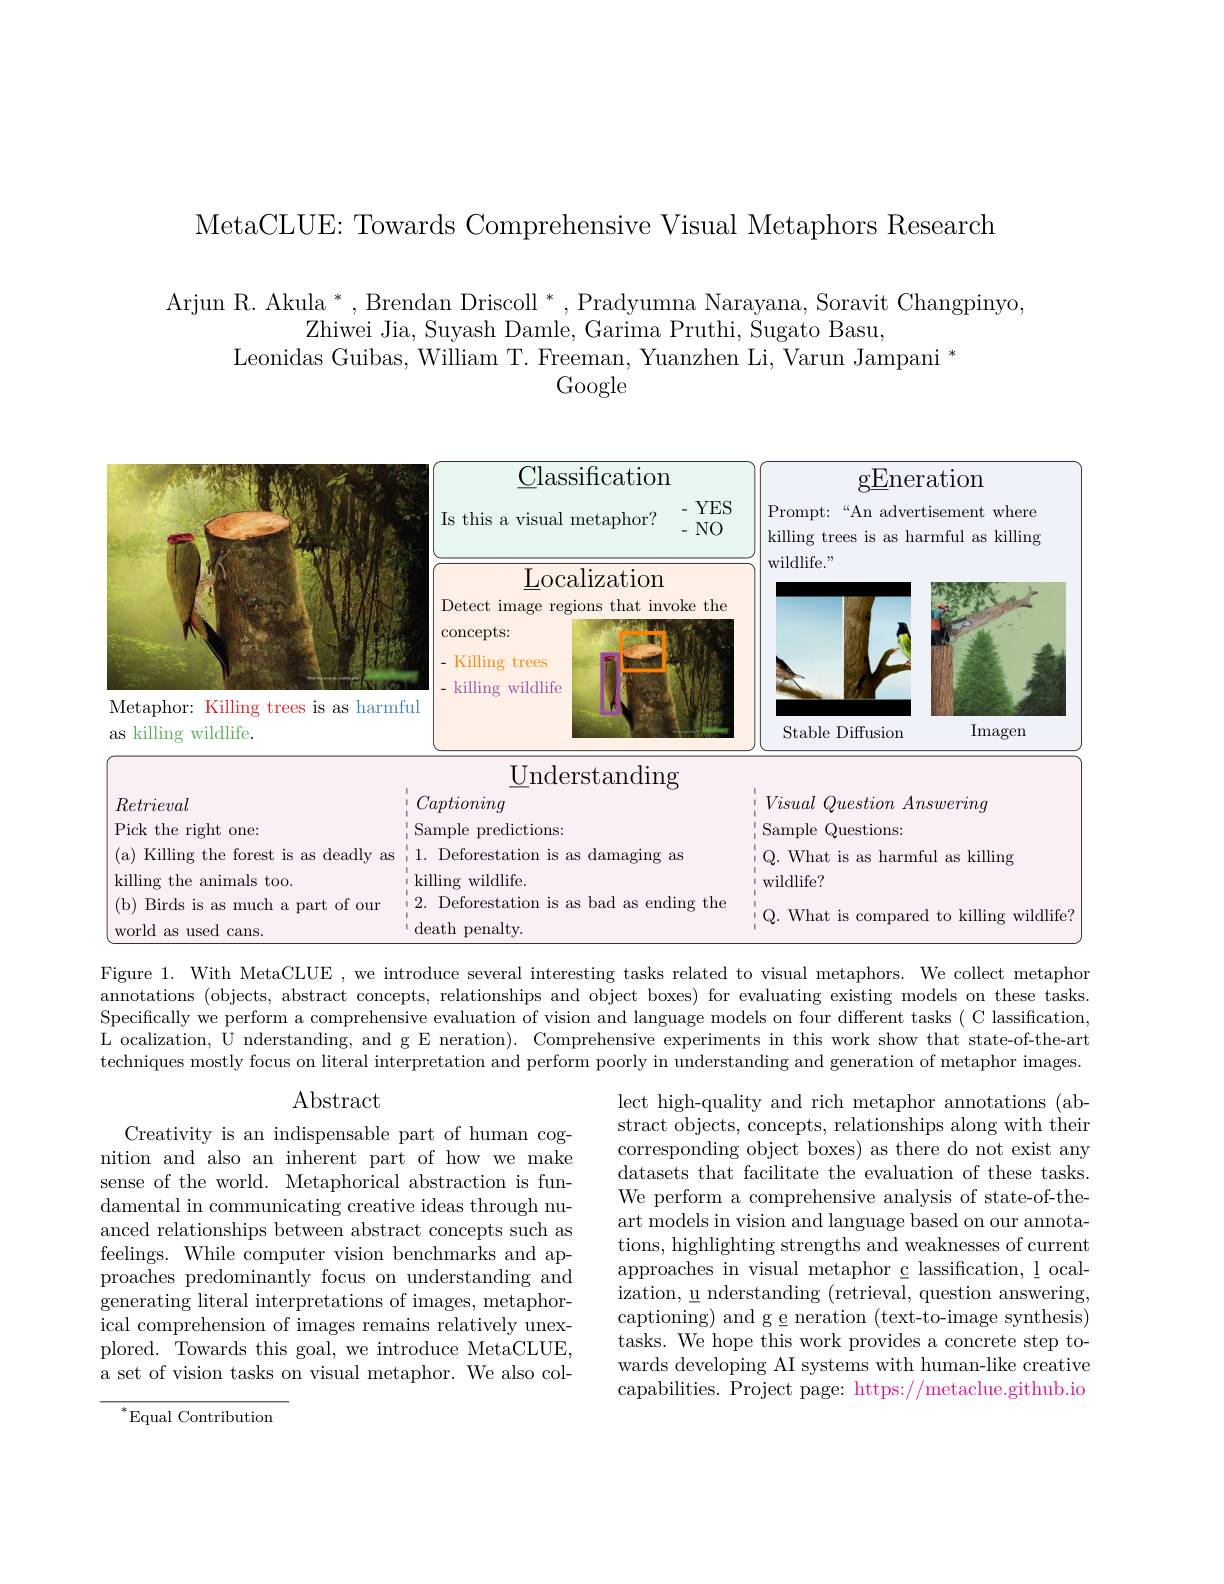
MetaCLUE: Towards Comprehensive Visual Metaphors Research

Arjun R. Akula *, Brendan Driscoll *, Pradyumna Narayana, Soravit Changpinyo,
Zhiwei Jia, Suyash Damle, Garima Pruthi, Sugato Basu,
Leonidas Guibas, William T. Freeman, Yuanzhen Li, Varun Jampani *
Google

<table>
	<tbody>
		<tr>
			<td> </td>
			<td>Localization Detect image regions that invoke $\operatorname{concepts:}$ Killing trees</td>
			<td>LIILU</td>
		</tr>
		<tr>
			<td>Retrieval Pick the right one: (a) Killing the forest is as deadly as killing the animals too. (b) Birds is as much a part of our world as used cans</td>
			<td>$\underline{\jmath}$nderstanding Captioning Sample predictions: 1. Deforestation is as damaging as killing wildlife. 2. Deforestation is as bad as ending death penalty.</td>
			<td>$Visual\textit{ Question Answering}$ Sample Questions: Q. What is as harmful as killing wildlife? 0. . What is compared to killing wildlife? </td>
		</tr>
	</tbody>
</table>

Figure 1. With MetaCLUE , we introduce several interesting tasks related to visual metaphors. We collect metaphor annotations (objects, abstract concepts, relationships and object boxes) for evaluating existing models on these tasks. Specifically we perform a comprehensive evaluation of vision and language models on four different tasks ( C lassification, L ocalization, U nderstanding, and g E neration). Comprehensive experiments in this work show that state-of-the-art techniques mostly focus on literal interpretation and perform poorly in understanding and generation of metaphor images

# Abstract

lect high-quality and rich metaphor annotations (abstract objects, concepts, relationships along with their corresponding object boxes) as there do not exist any datasets that facilitate the evaluation of these tasks We perform a comprehensive analysis of state-of-theart models in vision and language based on our annotations, highlighting strengths and weaknesses of current approaches in visual metaphor c lassification, l ocalization, u nderstanding (retrieval, question answering, captioning) and g e neration (text-to-image synthesis) tasks. We hope this work provides a concrete step towards developing AI systems with human-like creative capabilities. Project page: https://metaclue.github.io

Creativity is an indispensable part of human cognition and also an inherent part of how we make sense of the world. Metaphorical abstraction is fundamental in communicating creative ideas through nuanced relationships between abstract concepts such as feelings. While computer vision benchmarks and approaches predominantly focus on understanding and generating literal interpretations of images, metaphorical comprehension of images remains relatively unexplored. Towards this goal, we introduce MetaCLUE, a set of vision tasks on visual metaphor. We also col-

$^*$Equal Contribution